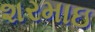
શરમાઇ